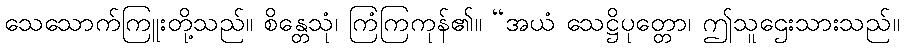
သေသောက်ကြူးတို့သည်။ စိန္တေသုံ၊ ကြံကြကုန်၏။ “အယံ သေဋ္ဌိပုတ္တော၊ ဤသူဌေးသားသည်။